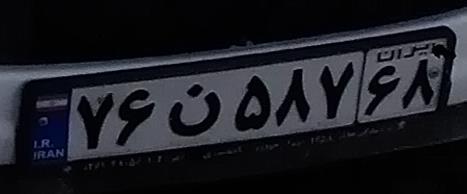
۷۶ن۵۸۷۶۸